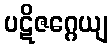
ပဋိဇဂ္ဂေယျ